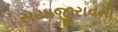
સયાજીરાવનો